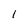
Character: l